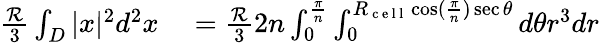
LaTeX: \begin{array}{rl}{\frac{\mathcal{R}}{3}\int_{D}|x|^{2}d^{2}x}&{{}=\frac{\mathcal{R}}{3}2n\int_{0}^{\frac{\pi}{n}}\int_{0}^{R_{\mathrm{~c~e~l~l~}}\cos(\frac{\pi}{n})\sec\theta}d\theta r^{3}dr}\end{array}